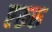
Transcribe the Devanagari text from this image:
एरूरु